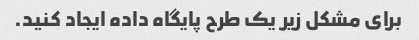
برای مشکل زیر یک طرح پایگاه داده ایجاد کنید.